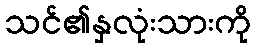
သင်၏နှလုံးသားကို